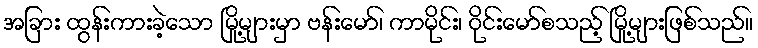
အခြား ထွန်းကားခဲ့သော မြို့များမှာ ဗန်းမော်၊ ကာမိုင်း၊ ဝိုင်းမော်စသည့် မြို့များဖြစ်သည်။